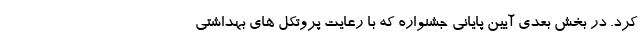
کرد. در بخش بعدی آیین پایانی جشنواره که با رعایت پروتکل های بهداشتی